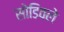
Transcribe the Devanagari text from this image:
सोडिवले